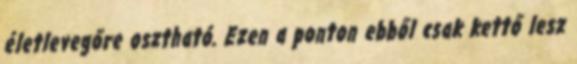
életlevegőre osztható. Ezen a ponton ebből csak kettő lesz